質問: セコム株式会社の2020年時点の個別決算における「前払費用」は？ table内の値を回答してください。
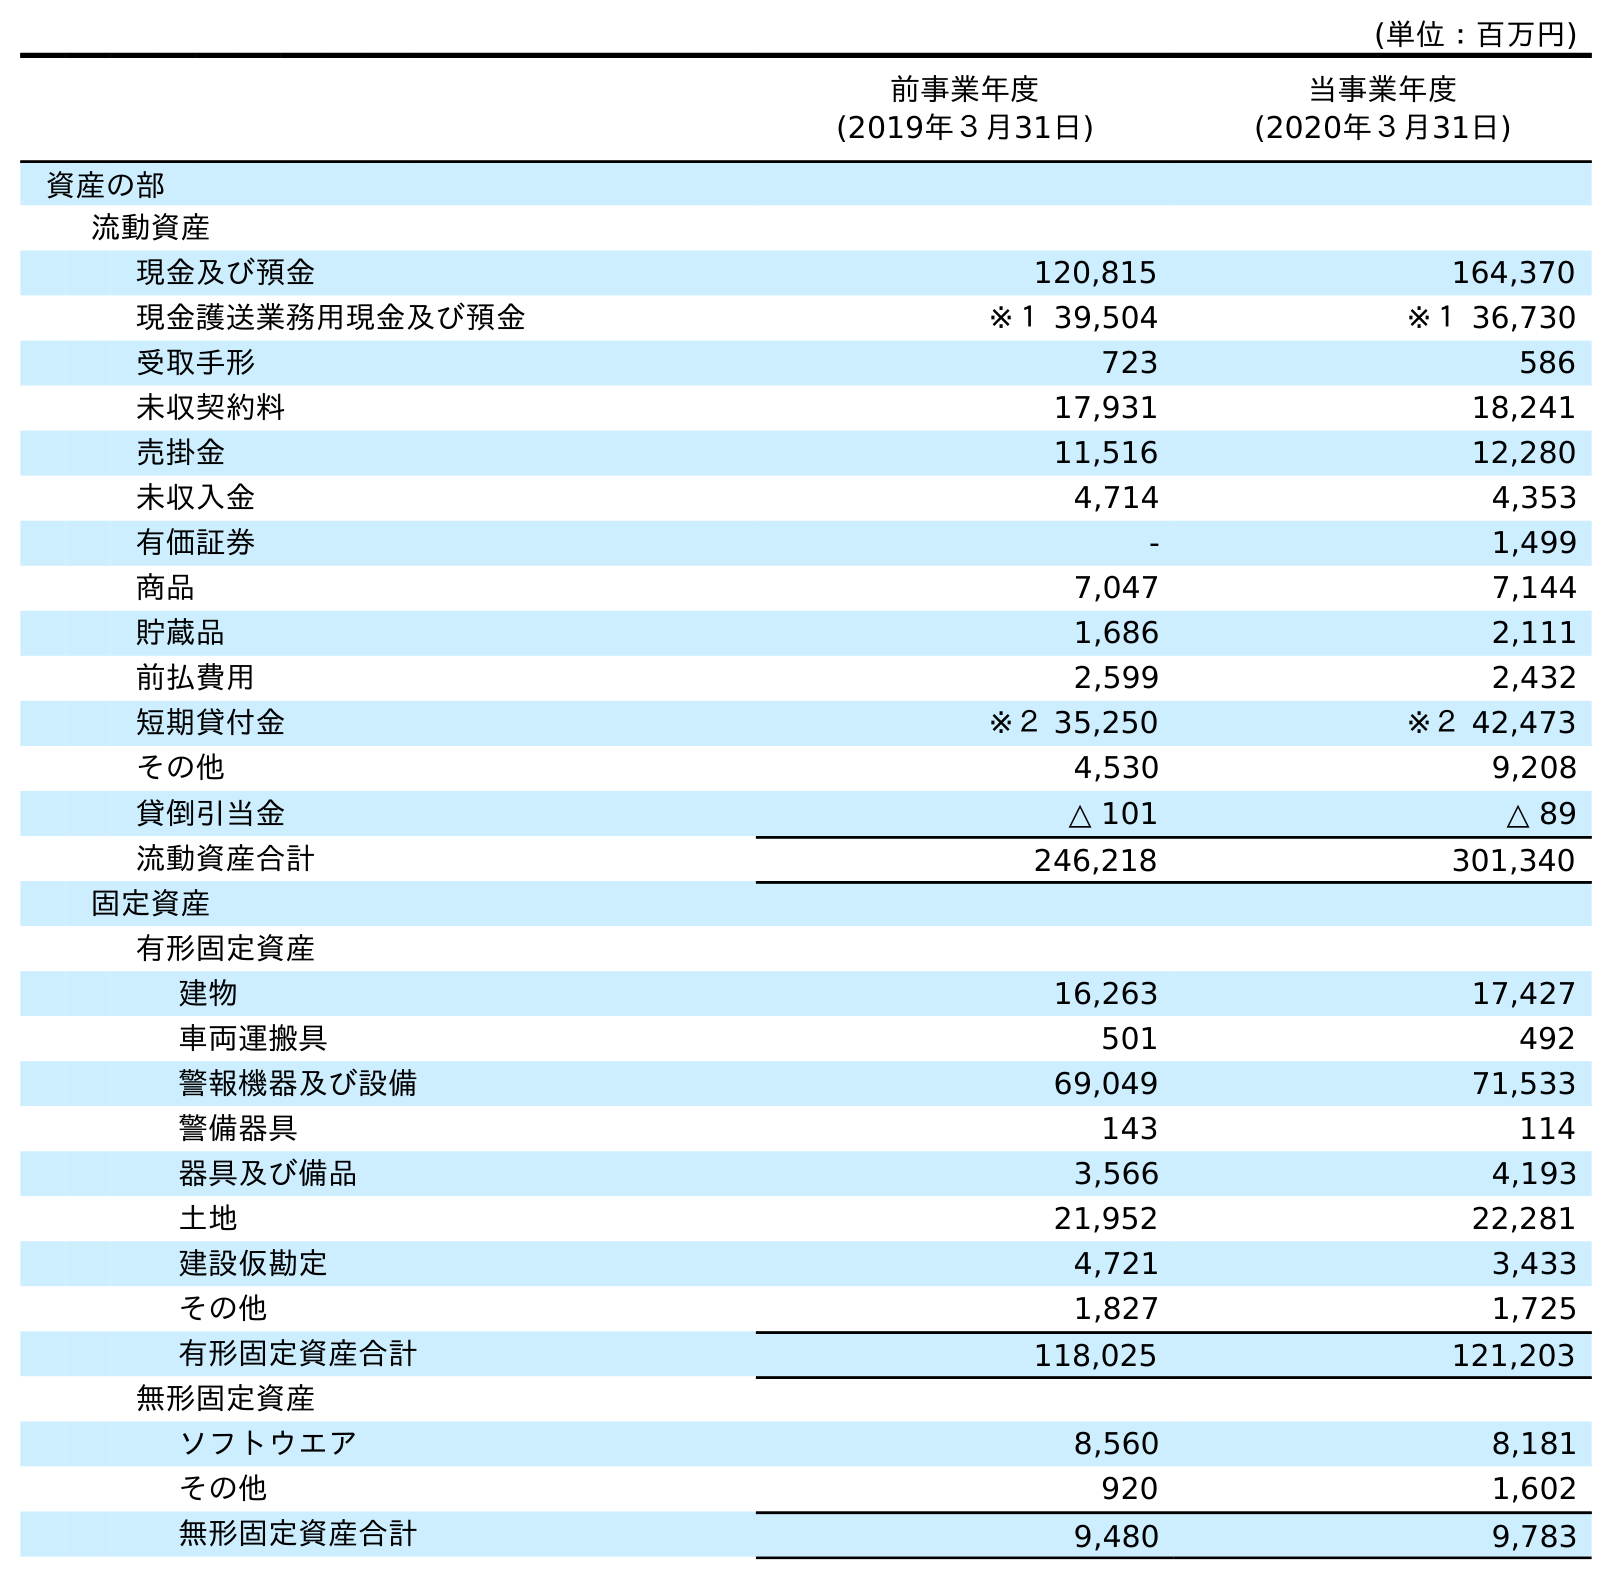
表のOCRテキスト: (単位：百万円) 前事業年度 (2019年３月31日) 当事業年度 (2020年３月31日) 資産の部 流動資産 現金及び預金 120,815 164,370 現金護送業務用現金及び預金 ※１ 39,504 ※１ 36,730 受取手形 723 586 未収契約料 17,931 18,241 売掛金 11,516 12,280 未収入金 4,714 4,353 有価証券 - 1,499 商品 7,047 7,144 貯蔵品 1,686 2,111 前払費用 2,599 2,432 短期貸付金 ※２ 35,250 ※２ 42,473 その他 4,530 9,208 貸倒引当金 △ 101 △ 89 流動資産合計 246,218 301,340 固定資産 有形固定資産 建物 16,263 17,427 車両運搬具 501 492 警報機器及び設備 69,049 71,533 警備器具 143 114 器具及び備品 3,566 4,193 土地 21,952 22,281 建設仮勘定 4,721 3,433 その他 1,827 1,725 有形固定資産合計 118,025 121,203 無形固定資産 ソフトウエア 8,560 8,181 その他 920 1,602 無形固定資産合計 9,480 9,783
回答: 2,432